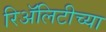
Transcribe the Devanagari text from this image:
रिॲलिटीच्या